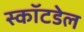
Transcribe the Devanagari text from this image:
स्कॉटडेल